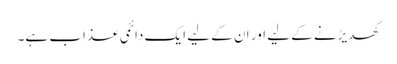
کھدیڑنے کے لیے اور ان کے لیے ایک دائمی عذاب ہے۔